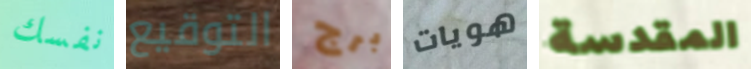
نفسك التوقيع برج هويات المقدسة